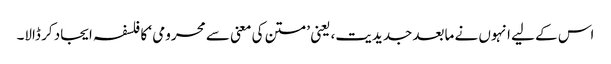
اس کے لیے انہوں نے مابعد جدیدیت، یعنی ’متن کی معنی سے محرومی ‘ کا فلسفہ ایجاد کر ڈالا۔